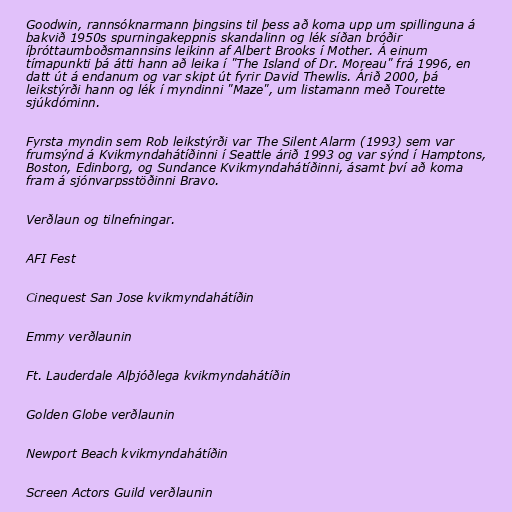
Goodwin, rannsóknarmann þingsins til þess að koma upp um spillinguna á
bakvið 1950s spurningakeppnis skandalinn og lék síðan bróðir
íþróttaumboðsmannsins leikinn af Albert Brooks í Mother. Á einum
tímapunkti þá átti hann að leika í "The Island of Dr. Moreau" frá 1996, en
datt út á endanum og var skipt út fyrir David Thewlis. Árið 2000, þá
leikstýrði hann og lék í myndinni "Maze", um listamann með Tourette
sjúkdóminn.

Fyrsta myndin sem Rob leikstýrði var The Silent Alarm (1993) sem var
frumsýnd á Kvikmyndahátíðinni í Seattle árið 1993 og var sýnd í Hamptons,
Boston, Edinborg, og Sundance Kvikmyndahátíðinni, ásamt því að koma
fram á sjónvarpsstöðinni Bravo.

Verðlaun og tilnefningar.

AFI Fest

Cinequest San Jose kvikmyndahátíðin

Emmy verðlaunin

Ft. Lauderdale Alþjóðlega kvikmyndahátíðin

Golden Globe verðlaunin

Newport Beach kvikmyndahátíðin

Screen Actors Guild verðlaunin